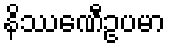
နိဿေဏီဥပမာ